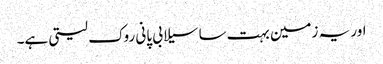
اور یہ زمین بہت سا سیلابی پانی روک لیتی ہے۔